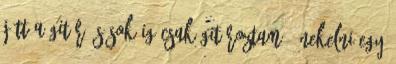
jött a gitár és sokáig csak gitároztam. Énekelni egy